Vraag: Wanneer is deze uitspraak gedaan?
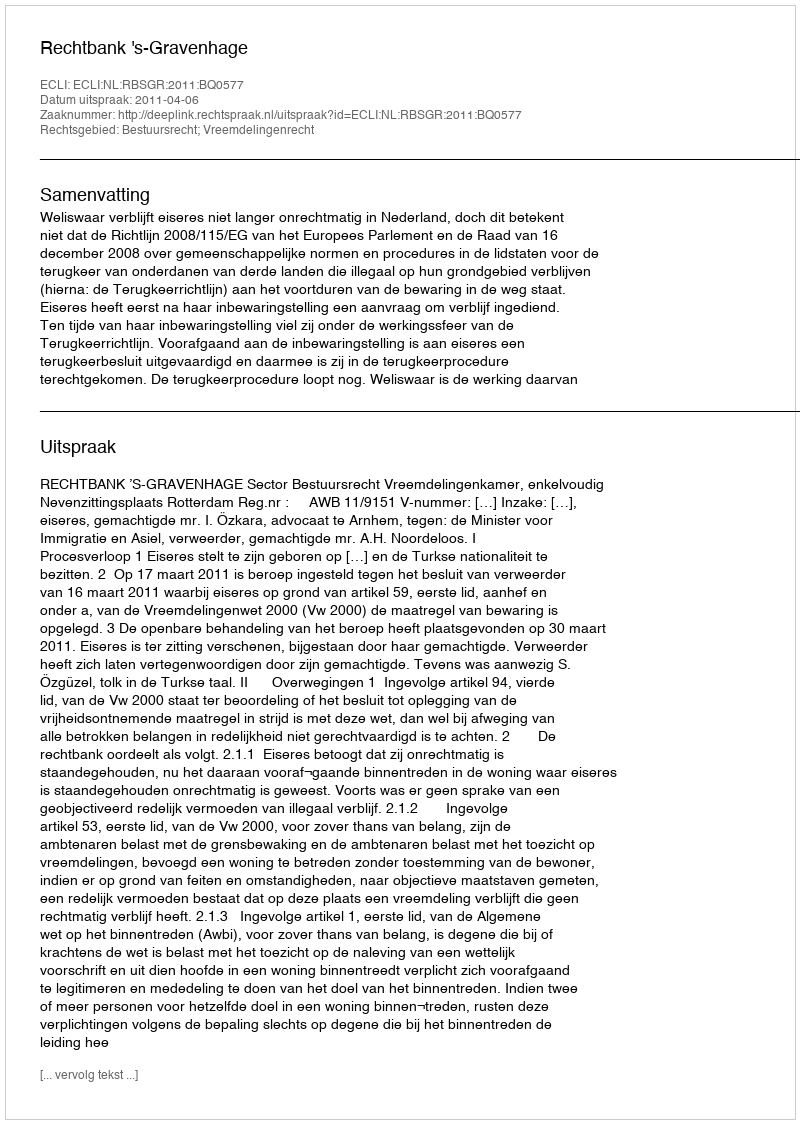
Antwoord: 2011-04-06